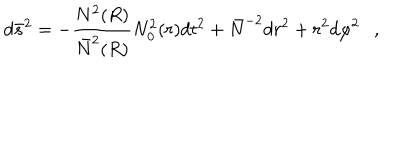
LaTeX: d \bar { s } ^ { 2 } = - { \frac { N ^ { 2 } ( R ) } { \bar { N } ^ { 2 } ( R ) } } N _ { 0 } ^ { 2 } ( r ) d t ^ { 2 } + \bar { N } ^ { - 2 } d r ^ { 2 } + r ^ { 2 } d \varphi ^ { 2 } ,